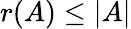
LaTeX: r(A)\leq|A|